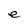
Character: e